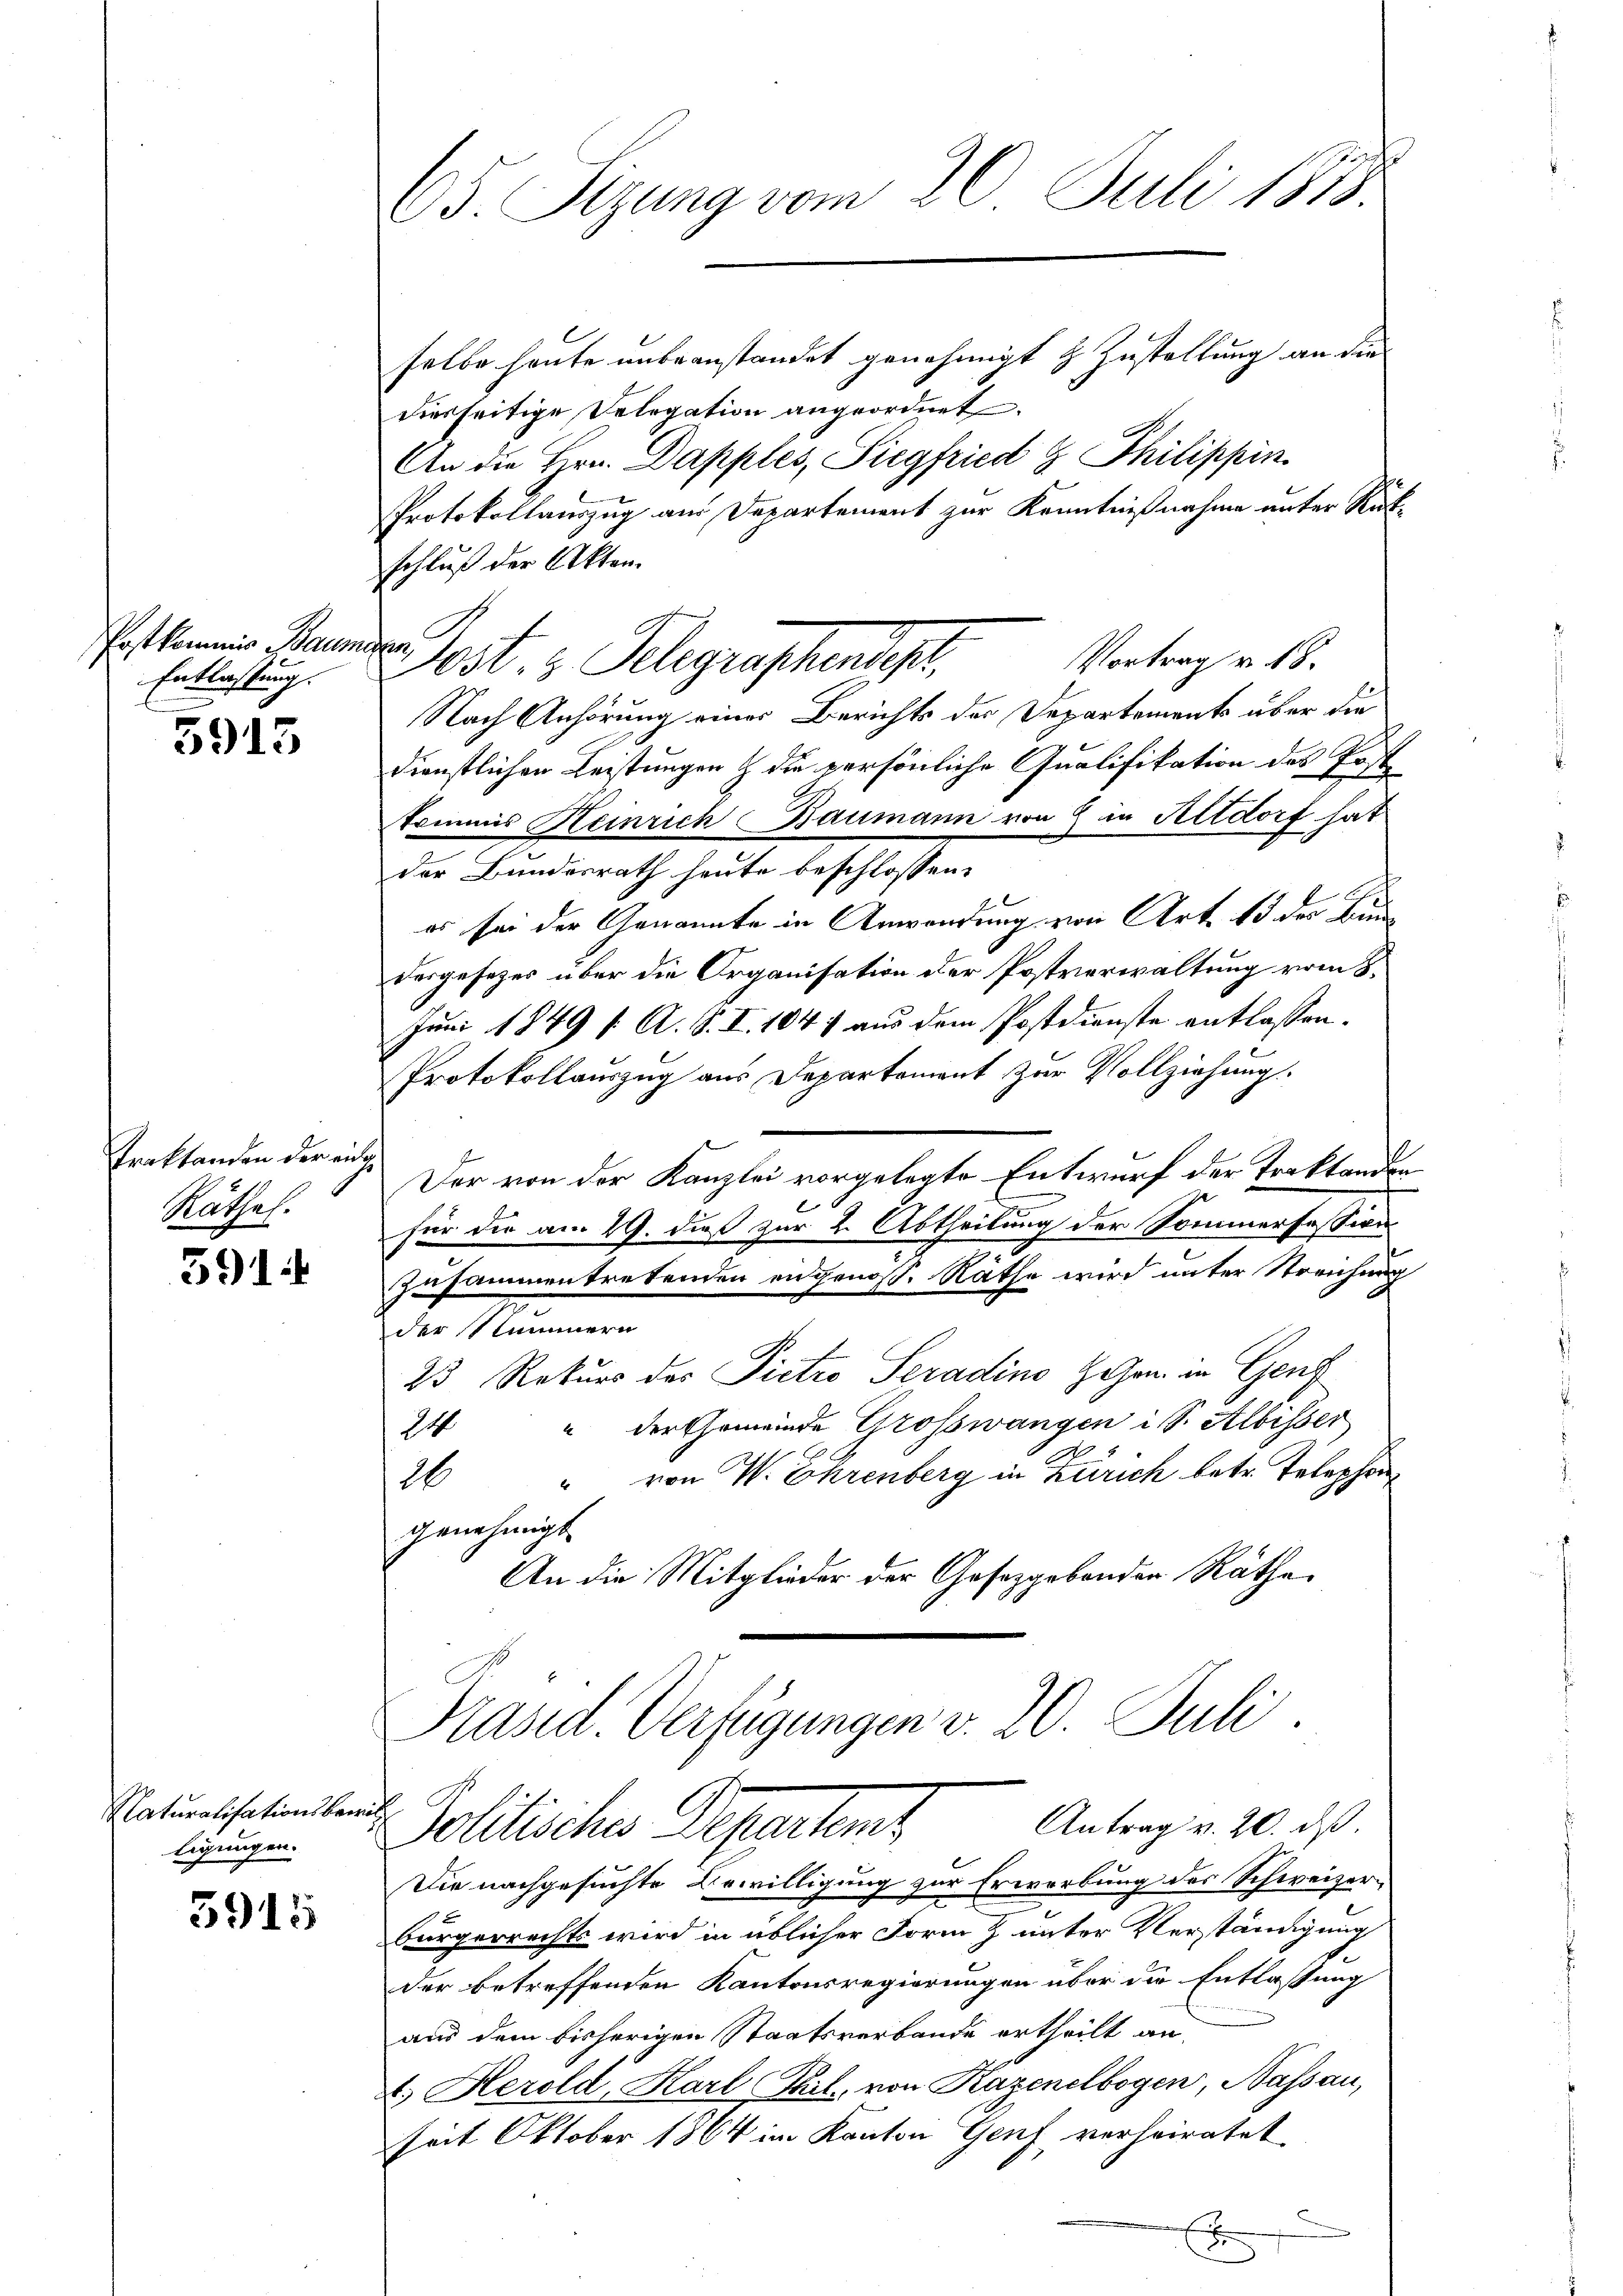
Postkommis Baumgan
Entlassung.

5913

Traktanden der eidge
Hathes.

591.

Naturalisationsbewil
ligungen.

5945

5. Sitzung vom 20. Juli 1873.

selbe heute unbeanstandet genehmigt & Zustellung an die
dierseitige Selegation angeordnet.
An die Hrn. Dapples, Siegfried G. Philippin
Protokollauszug am Departement zur Kenntnißnahme unter Rück-
schluß der Akten.
Vortrag v. 18.
Nach Anhörung einer Berichts der Departement über die
dienstlichen Leistungen & die persönliche Qualifikation des Postkommis Heinrich Baumann von 2 in Altdorf hat
der Bundesrath heute beschlossen:
es sei der Genannte in Anwendung von Art. 15 der Bundergesezes über die Organisation der Postverwaltung vom 8.
Juni 1849 f. A. S. I. 1847 aus dem Postdienste entlassen.
Protokollauszug aus Departement zur Vollziehung.
Der von der Kanzlei vorgelegte Entwurf der Traktanden
für die am 29. dieß zur 2. Abtheilung der Sommerfession
zusammentretenden engenoss. Räthe wird unter Streichung
der Nummern
23 Rekurs des Pietro Seradine Hohen in Genf
" der Gemeinde Grosswangen i S. Albisser
24
26 von V. Ehrenberg in Zürich betr. Telephon
genehmigt.
An die Mitglieder der Gesetzgebenden Räthe

Präsid. Verfügungen v. 20 Juli
Antrag v. 20. ds.
Politischen Departent

dest. z. Telegraphendest,

Die nachgesuchte Bewilligung zur Erwerbung des Schweizer-
bürgerrechts wird in üblicher Form & unter Verständigung
der betreffenden Kantonsregierungen über die Entlassung
aus dem bisherigen Staatsverbande ertheilt an,
4.) Herold, Karl Phil. von Kazenelbogen, Nassau,
seit Oktober 1864 im Kanton Genf verheiratet
x